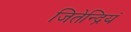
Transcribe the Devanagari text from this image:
जितेन्द्रियं